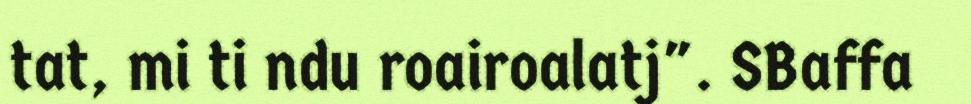
tat, mi ti ndu roairoalatj". SBaffa